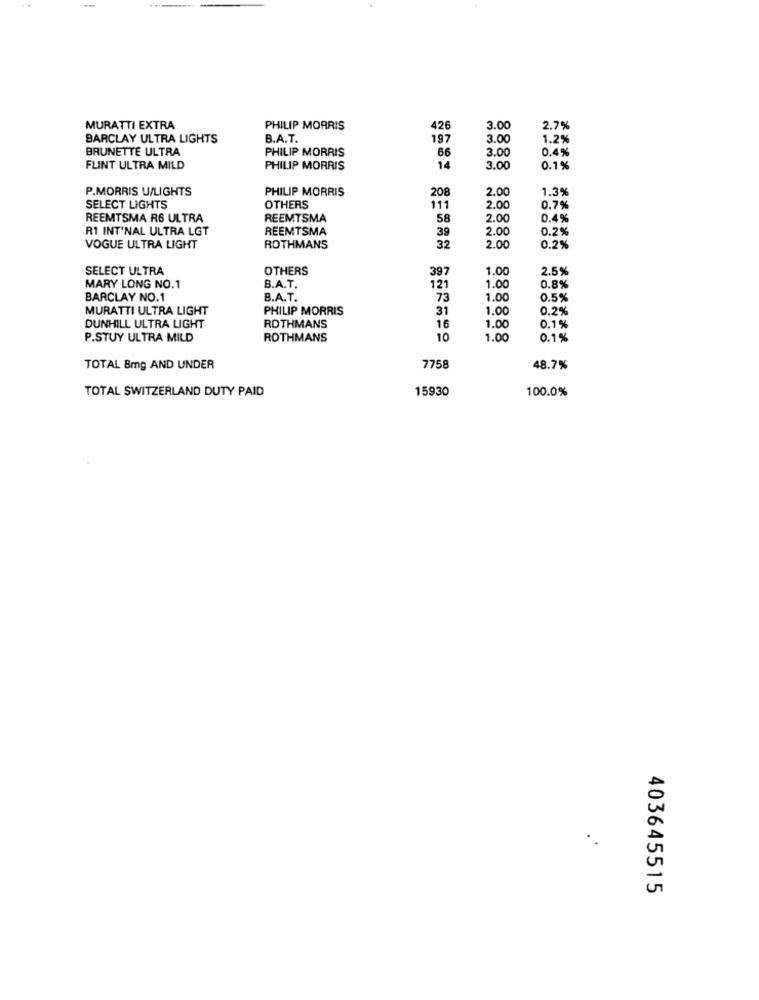
--
MURATTI EXTRA
PHILIP MORRIS
426
3.00
2.7%
BARCLAY ULTRA LIGHTS
B.A.T.
197
3.00
1.2%
BRUNETTE ULTRA
3.0
0.4%
PHILIP MORRIS
66
FLINT ULTRA MILD
PHILIP MORRIS
14
3.00
0.1%
P.MORRIS U/LIGHTS
PHILIP MORRIS
208
2.00
1.3%
SELECT LIGHTS
OTHERS
111
2.00
0,7%
REEMTSMA R6 ULTRA
REEMTSMA
58
2.00
0.4%
R1 INT'NAL ULTRA LGT
REEMTSMA
39
2.00
0.2%
VOGUE ULTRA LIGHT
ROTHMANS
32
2.00
0.2%
SELECT ULTRA
OTHERS
397
1.00
2.5%
MARY LONG NO.1
B.A.T.
121
1.00
0.8%
BARCLAY NO.1
B.A.T.
73
1.00
0.5%
MURATTI ULTRA LIGHT
PHILIP MORRIS
31
1.00
0.2%
DUNHILL ULTRA LIGHT
ROTHMANS
16
1.00
0.1%
P.STUY ULTRA MILD
ROTHMANS
10
1.00
0.1%
TOTAL 8mg AND UNDER
7758
48.7%
TOTAL SWITZERLAND DUTY PAID
15930
100.0%
403645515